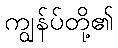
ကျွန်ပ်တို့၏